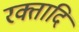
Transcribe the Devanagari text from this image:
रक्तादि